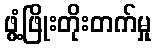
ဖွံ့ဖြိုးတိုးတက်မှု